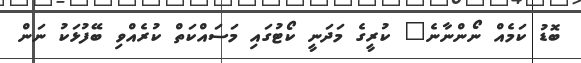
ބޮޑު ކަމެއް ނޯންނާނެ" ކުރީގެ މަދަނީ ކޯޓުގައި މަސައްކަތް ކުރެއްވި ބޭފުޅަކު ނަން